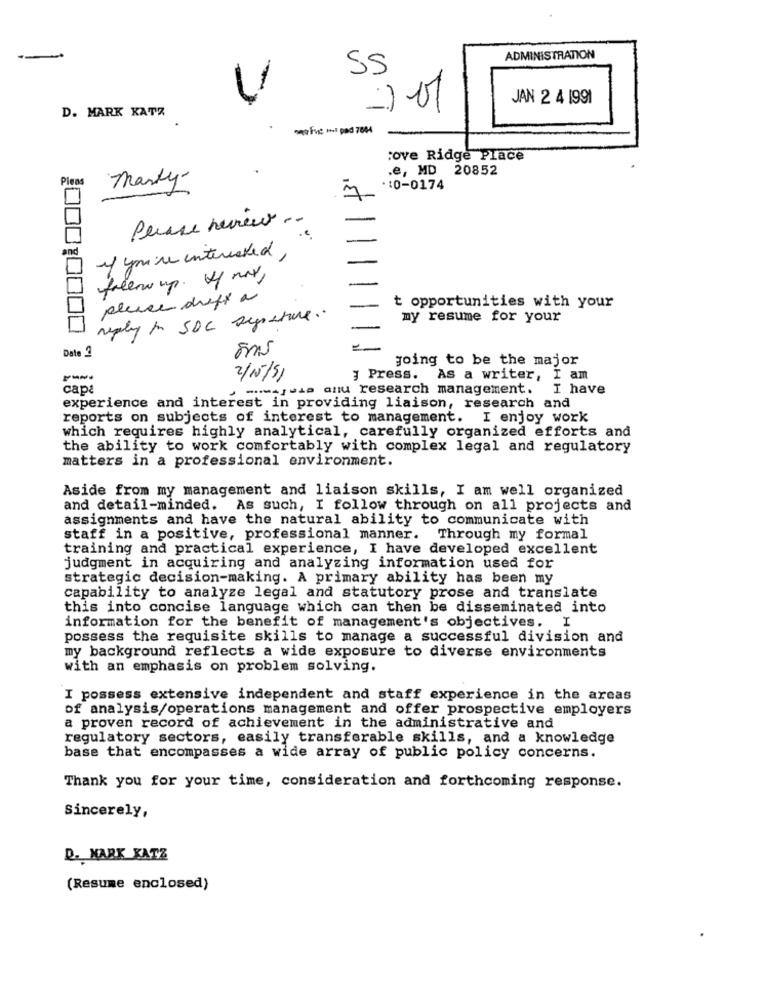
-
ADMINISTRATION
55
b
JAN 2 4 1991
D. MARK KATZ
Five ms pad 7004
:ove Ridge Place
.e, MD 20852
Pleas
Marty
.: 0-0174
Pense reviews ..
and
If you're interested,
freem up. 1/ max,
please druff a
t opportunities with your
reply for SOC syssture ..
my resume for your
000:0000
Date
going to be the major
2/15/5
} Press. As a writer, I am
capa
majuio allu research management. I have
experience and interest in providing liaison, research and
reports on subjects of interest to management. I enjoy work
which requires highly analytical, carefully organized efforts and
the ability to work comfortably with complex legal and regulatory
matters in a professional environment.
Aside from my management and liaison skills, I am well organized
and detail-minded. As such, I follow through on all projects and
assignments and have the natural ability to communicate with
staff in a positive, professional manner. Through my formal
training and practical experience, I have developed excellent
judgment in acquiring and analyzing information used for
strategic decision-making. A primary ability has been my
capability to analyze legal and statutory prose and translate
this into concise language which can then be disseminated into
information for the benefit of management's objectives. I
possess the requisite skills to manage a successful division and
my background reflects a wide exposure to diverse environments
with an emphasis on problem solving.
I possess extensive independent and staff experience in the areas
of analysis/operations management and offer prospective employers
a proven record of achievement in the administrative and
regulatory sectors, easily transferable skills, and a knowledge
base that encompasses a wide array of public policy concerns.
Thank you for your time, consideration and forthcoming response.
Sincerely,
D. MARK KATZ
(Resume enclosed)